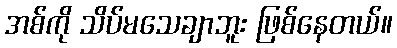
အစ်ကို သိပ်မသေချာဘူး ဖြစ်နေတယ်။